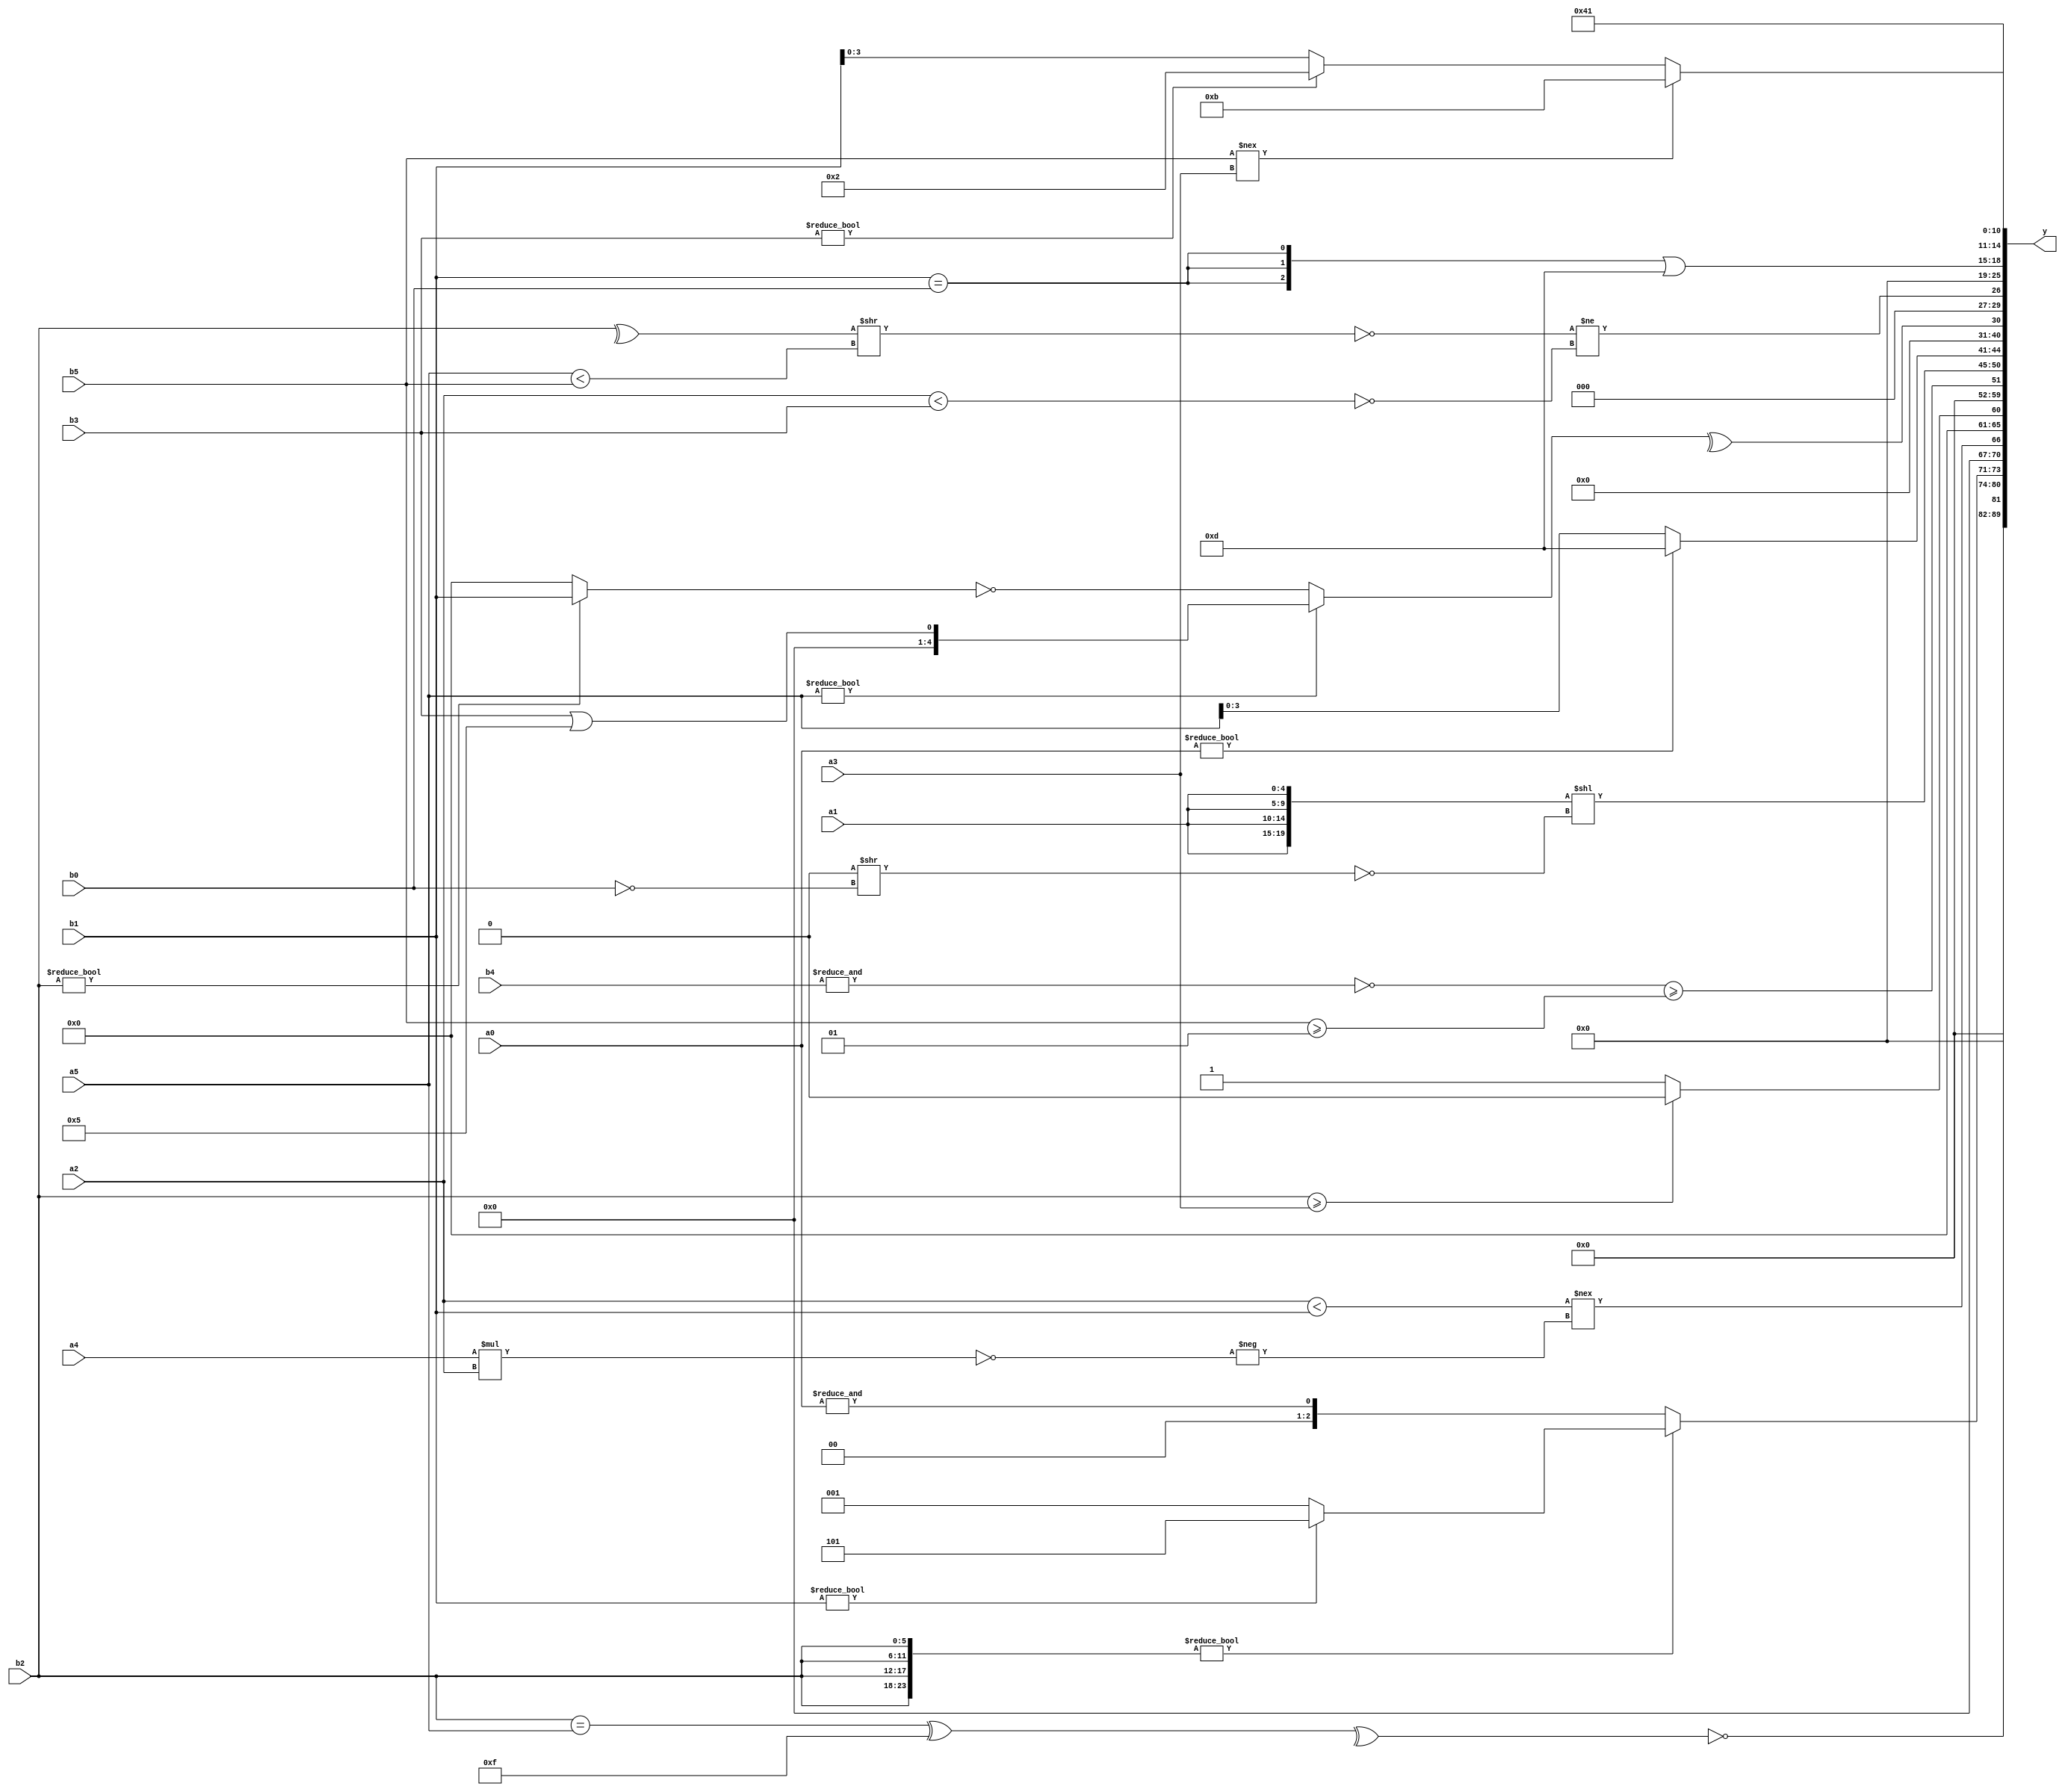
module expression_00410(a0, a1, a2, a3, a4, a5, b0, b1, b2, b3, b4, b5, y);
  input [3:0] a0;
  input [4:0] a1;
  input [5:0] a2;
  input signed [3:0] a3;
  input signed [4:0] a4;
  input signed [5:0] a5;

  input [3:0] b0;
  input [4:0] b1;
  input [5:0] b2;
  input signed [3:0] b3;
  input signed [4:0] b4;
  input signed [5:0] b5;

  wire [3:0] y0;
  wire [4:0] y1;
  wire [5:0] y2;
  wire signed [3:0] y3;
  wire signed [4:0] y4;
  wire signed [5:0] y5;
  wire [3:0] y6;
  wire [4:0] y7;
  wire [5:0] y8;
  wire signed [3:0] y9;
  wire signed [4:0] y10;
  wire signed [5:0] y11;
  wire [3:0] y12;
  wire [4:0] y13;
  wire [5:0] y14;
  wire signed [3:0] y15;
  wire signed [4:0] y16;
  wire signed [5:0] y17;

  output [89:0] y;
  assign y = {y0,y1,y2,y3,y4,y5,y6,y7,y8,y9,y10,y11,y12,y13,y14,y15,y16,y17};

  localparam [3:0] p0 = (5'd13);
  localparam [4:0] p1 = {1{(4'sd6)}};
  localparam [5:0] p2 = ((~&{(3'd1),(5'd29)})^{(-5'sd5),(-5'sd7)});
  localparam signed [3:0] p3 = ((((4'd1)===(2'd0))/(-4'sd6))-((4'sd4)?(4'd12):(-3'sd3)));
  localparam signed [4:0] p4 = (!(&{((5'd3)||(2'sd1)),{(5'd4),(2'sd0),(-2'sd0)},(&(2'd3))}));
  localparam signed [5:0] p5 = (~&(-2'sd0));
  localparam [3:0] p6 = (&((~(~|(!((3'd3)>(-5'sd3)))))&(((2'd3)^(3'sd2))>>(~^(~|(4'd13))))));
  localparam [4:0] p7 = ((~(|(!(4'sd2))))<<<((~|(4'sd5))<=(|(2'd1))));
  localparam [5:0] p8 = {(((3'd0)?(3'd6):(5'sd6))&(2'd3)),({(2'd1)}?((-3'sd2)?(5'sd5):(2'd0)):(3'd4))};
  localparam signed [3:0] p9 = {3{{1{((2'd3)<=(-5'sd11))}}}};
  localparam signed [4:0] p10 = (-((4'd10)?(-3'sd0):(2'd3)));
  localparam signed [5:0] p11 = (~(3'd2));
  localparam [3:0] p12 = {({{(2'd2),(-2'sd1),(2'd3)},(5'd27)}<=(((5'd29)<<(4'd14))!=((-2'sd1)&&(2'd0))))};
  localparam [4:0] p13 = (((5'd6)|(4'sd3))<=((3'd4)||(3'd2)));
  localparam [5:0] p14 = (~((4'd7)/(4'd13)));
  localparam signed [3:0] p15 = (|((~{(-3'sd2)})!=={{(-4'sd3),(3'd1)}}));
  localparam signed [4:0] p16 = (|(3'd7));
  localparam signed [5:0] p17 = (5'd23);

  assign y0 = (5'd2 * (b0>>p8));
  assign y1 = (~&(^(((b2==a5)>>(3'sd0))^$unsigned((-4'sd1)))));
  assign y2 = (p11<<<p1);
  assign y3 = ({4{b2}}?(b1?p8:p16):(&$unsigned(a0)));
  assign y4 = ((~^(~^(a2<b1)))!==$signed((-(~(a4*a2)))));
  assign y5 = $signed(((b2>=a3)?(p13):(|p0)));
  assign y6 = ({1{(p9<<p10)}}<<{4{p2}});
  assign y7 = ((~&(&b4))>=(b5>=p5));
  assign y8 = ({4{a1}}<<(~^((~|p14)>>(!b0))));
  assign y9 = {(p5>>b4),(p9?a4:p15),(a0?p11:a5)};
  assign y10 = (!(|(~&((p16&&p3)&{4{p5}}))));
  assign y11 = (^((p3?a5:a3)?(b3||p8):(~(b2?b1:p10))));
  assign y12 = (+(&((&(~&((^b2)>>(a5<b5))))!=$unsigned($signed((~(^(a2<b3))))))));
  assign y13 = {3{(3'sd0)}};
  assign y14 = ({3{(b1==b0)}}|(5'sd13));
  assign y15 = (($signed(p0)?(b5!==a3):(-p7))?$signed({{p11},(p11<p5)}):($signed(b3)?(p10-p7):$signed(b1)));
  assign y16 = ($signed((~^(-2'sd0)))?(2'd1):((~&a0)?(|b3):(b0)));
  assign y17 = (5'd1);
endmodule